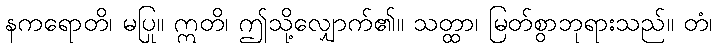
နကရောတိ၊ မပြု။ ဣတိ၊ ဤသို့လျှောက်၏။ သတ္ထာ၊ မြတ်စွာဘုရားသည်။ တံ၊